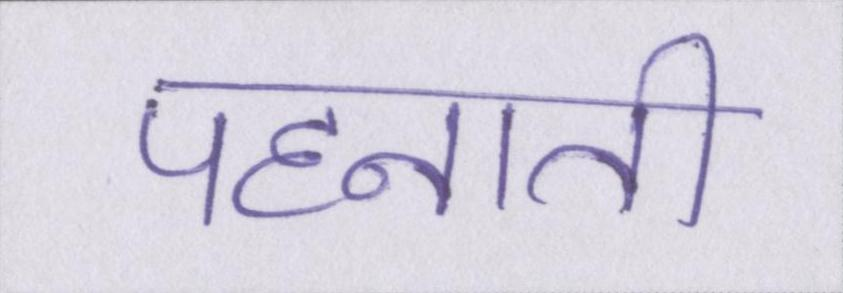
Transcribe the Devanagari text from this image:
पहनाती